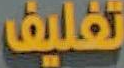
تغليف